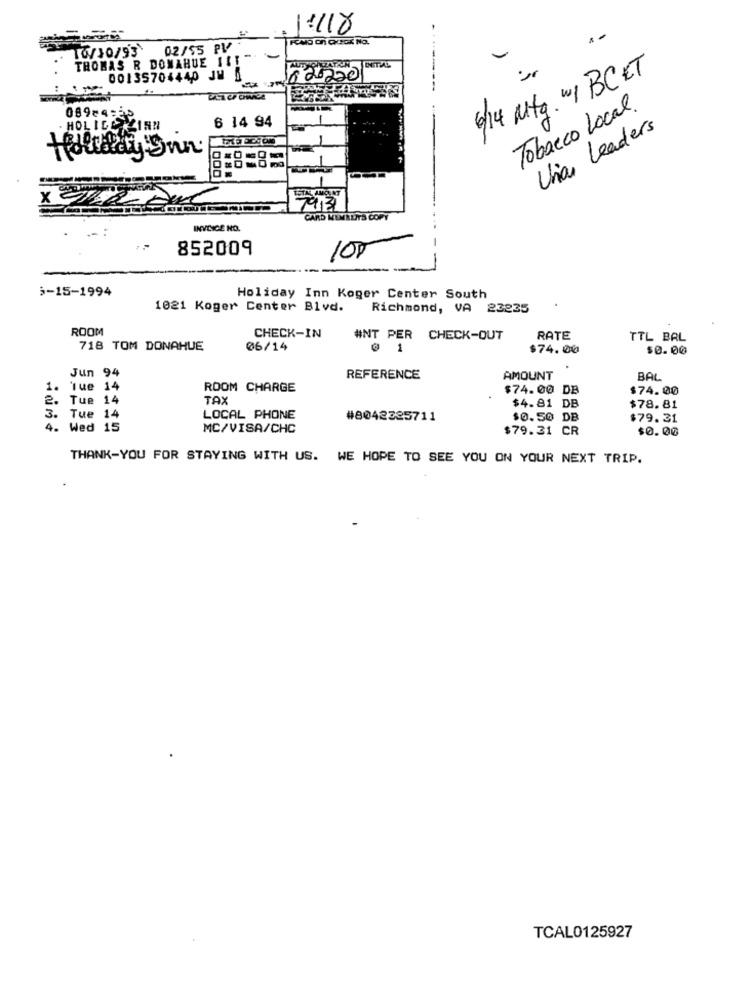
11/18
10/10/93
02/55 PV
THOMAS R DONAHUE 1ST":
-
6/14 Mtg. w1 BC ET
00135704440 JW 5
82220
Tobacco Local.
08984 ==
6 14 94
Union Leaders
0
Holiday Inn.
7913
CARD MINKLITS COPY
INVOICE NO.
852009
100
$-15-1994
Holiday Inn Koger Center South
1021 Koger Center Blvd.
Richmond, VA 23235
ROOM
CHECK-IN
#NT PER CHECK-OUT
RATE
TTL BAL
718 TOM DONAHUE
06/14
@ 1
$74.00
$0.00
Jun 94
REFERENCE
AMOUNT
BAL
1. Tue 14
ROOM CHARGE
$74.00 DB
$74.00
2. Tue 14
TAX
$4.81 DB
$78.81
3. Tue 14
LOCAL PHONE
#8042325711
$0.50 DB
$79.31
4. Wed 15
MC/VISA/CHC
$79.31 CR
$0.00
THANK-YOU FOR STAYING WITH US. WE HOPE TO SEE YOU ON YOUR NEXT TRIP.
TCAL0125927